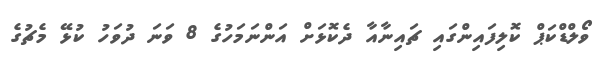
ވޯލްޑްކަޕް ކޮލިފައިންގައި ޗައިނާއާ ދެކޮޅަށް އަންނަމަހުގެ 8 ވަނަ ދުވަހު ކުޅޭ މެޗުގެ